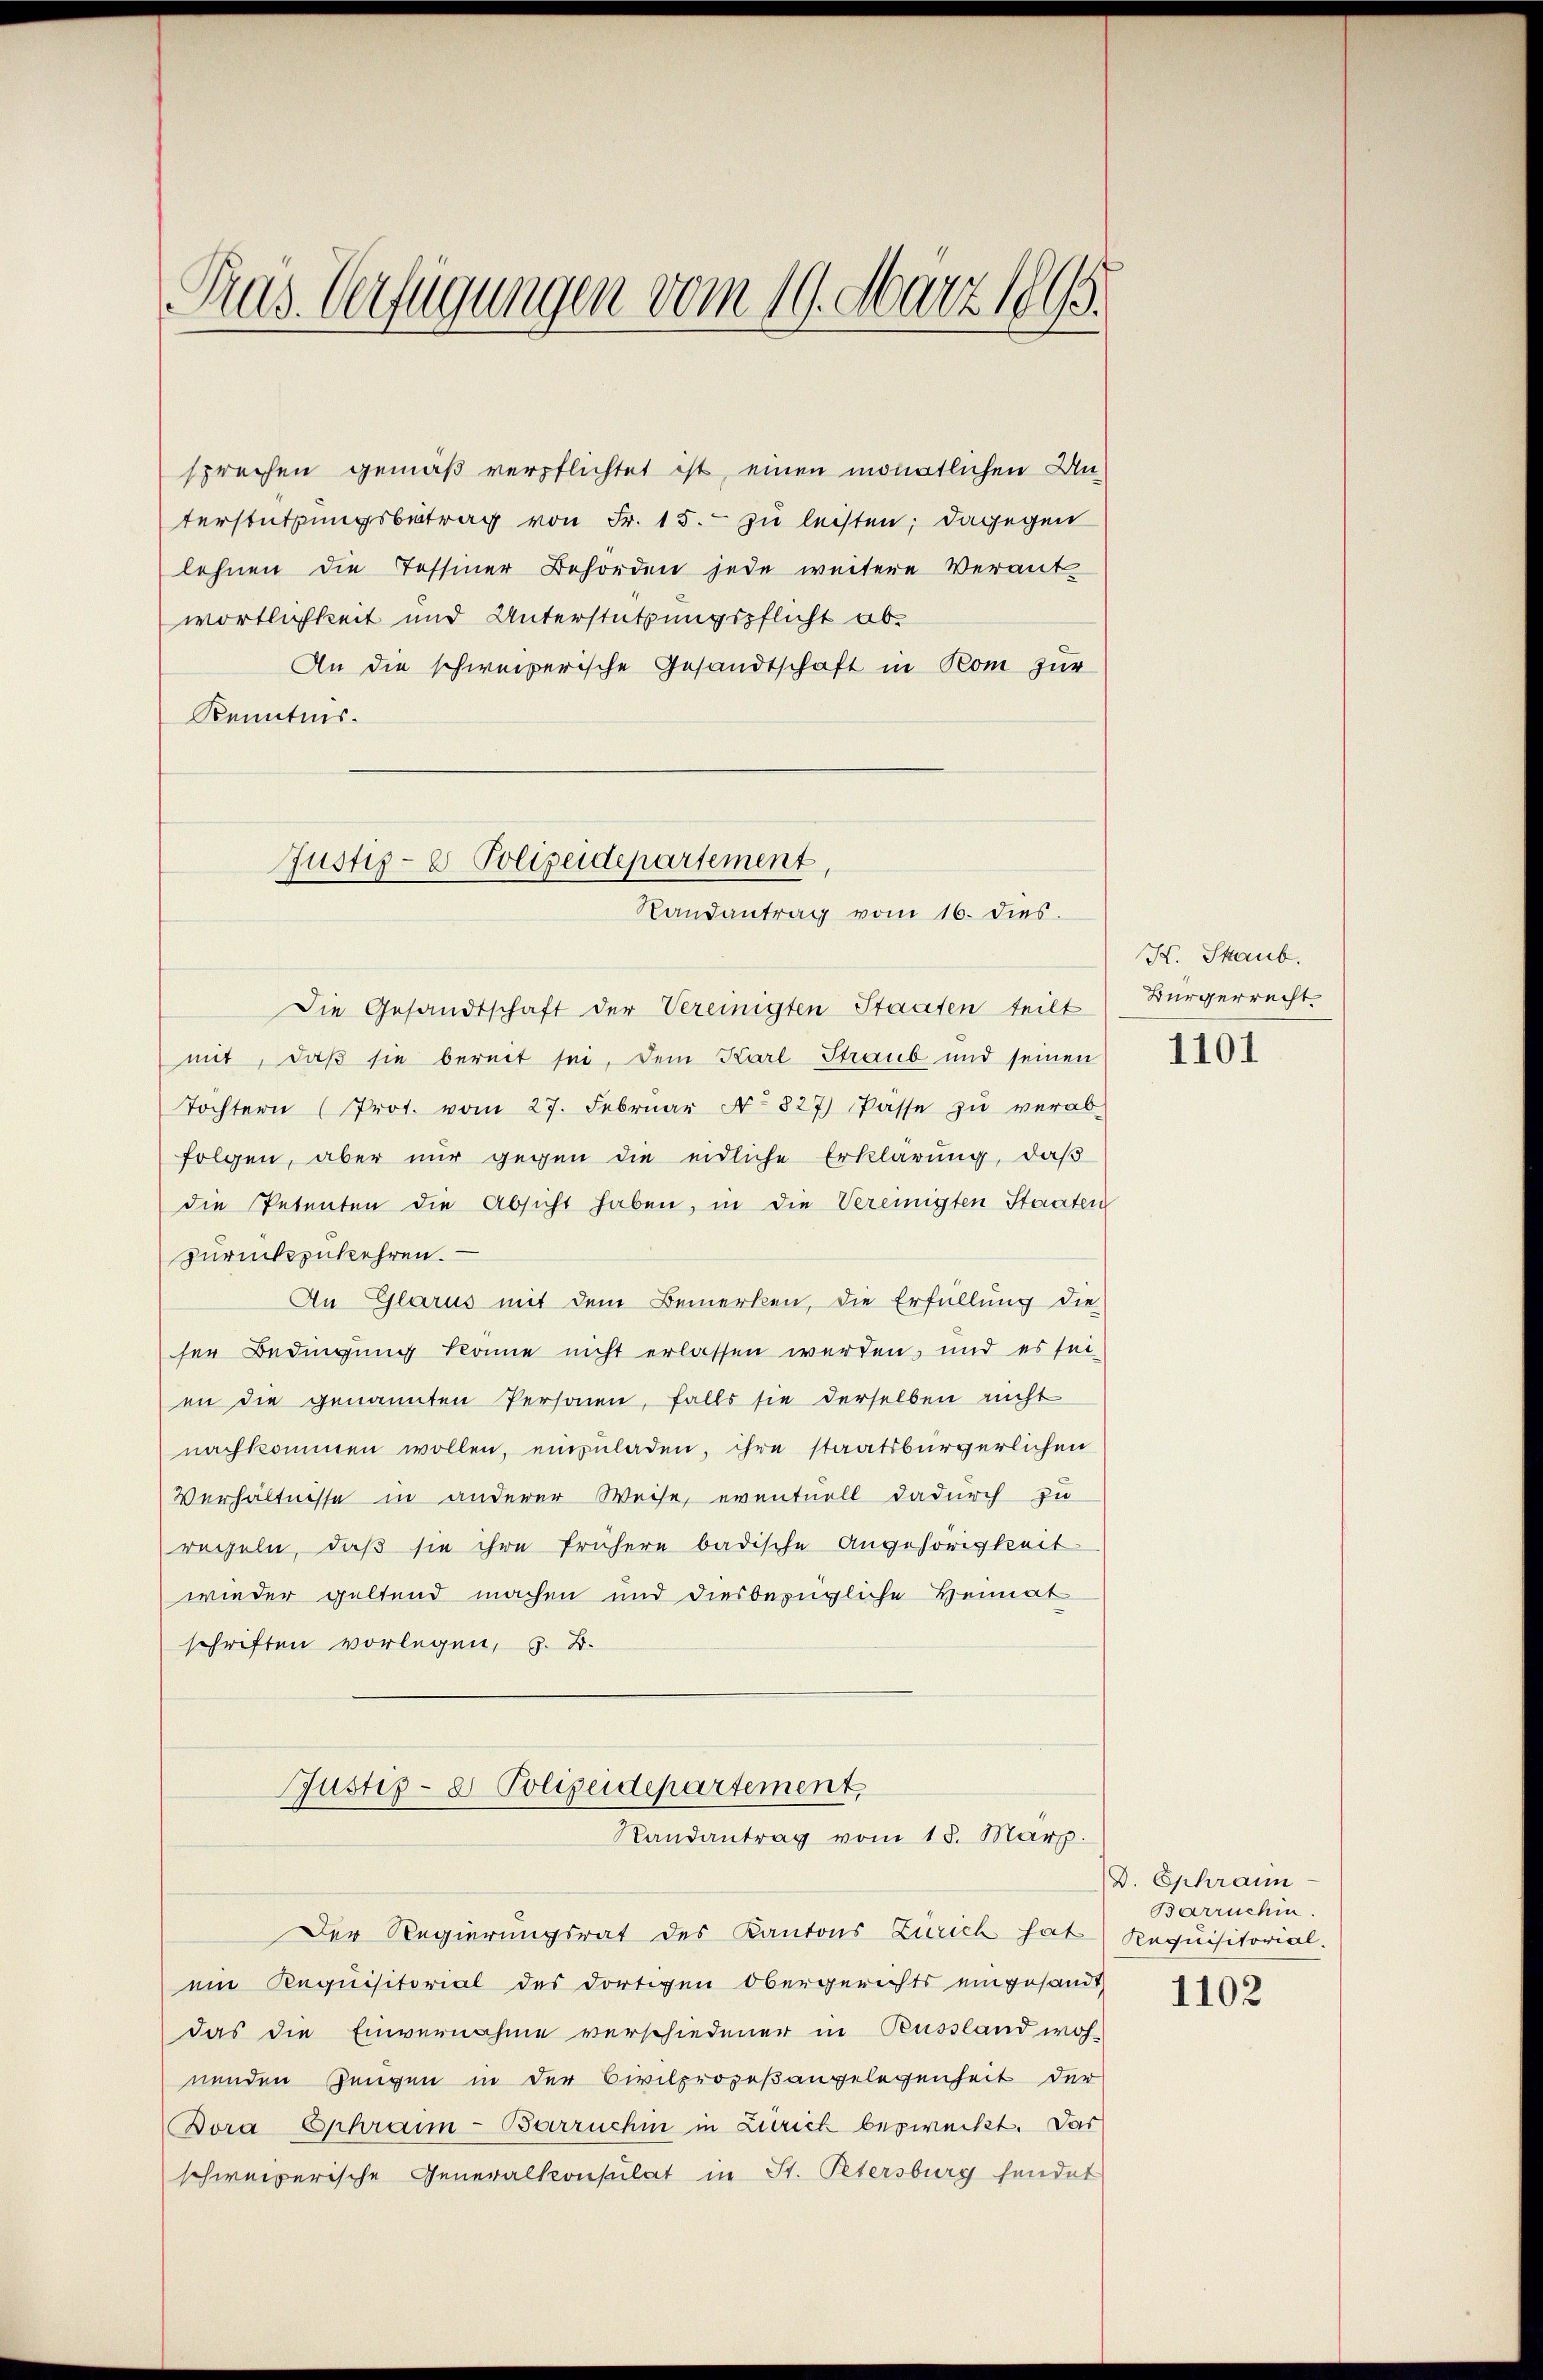
Pras. Verfügungen vom 19. März 1895.

sprechen gemäß verpflichtet ist, einen monatlichen Unterstützungsbetrag von Fr. 15. zu leisten; dagegen
lehnen die Tessiner Behörden jede weitere Verant
wortlichkeit und Unterstützungspflicht ob¬
An die schweizerische Gesandtschaft in Rom zur
Kenntnis.

Justiz- & Polizeidepartement,
Randantrag vom 16. dies

Die Gesandtschaft der Vereinigten Staaten teilt
mit, daß sie bereit sei, dem Karl Straub und seinen
Tochtern (Prot. vom 27. Febrŭar No 827 Pässe zŭ verab-
folgen, aber nur gegen die eidliche Erklärung, daß
die Petenten die Absicht haben, in die Vereinigten Staaten
zurückzukehren.
An Glarus mit dem Bemerken, die Erfüllung die
ser Bedingung könne nicht erlassen werden, und es sei
en die genannten Personen, falls sie derselben nicht
nachkommen wollen, einzuladen, ihre staatsbürgerlichen
Verhältnisse in anderer Weise, eventuell dadurch zu
regeln, daß sie ihre frühere badische Angehörigkeit
wieder geltend machen und diesbezügliche Heimat
schriften vorlegen, z. B.
Justiz- & Polizeidepartement,
Randantrag vom 18. März.
Der Regierungsrat des Kantons Zürich hat (Requisitorial.
ein Requisitorial des dortigen Obergerichts eingesandt
das die Einvernahme verschiedener in Russland woh-
nenden Zeugen in der Civilprozeßangelegenheit der
Bora Ephraim-Barruche in Zürich bezweckt. Das
schweizerische Generalkonsulat in St. Petersburg sendet

K. Skaub.
Bürgerrecht.

1101

D. Ephrain
Barruchin.

1102